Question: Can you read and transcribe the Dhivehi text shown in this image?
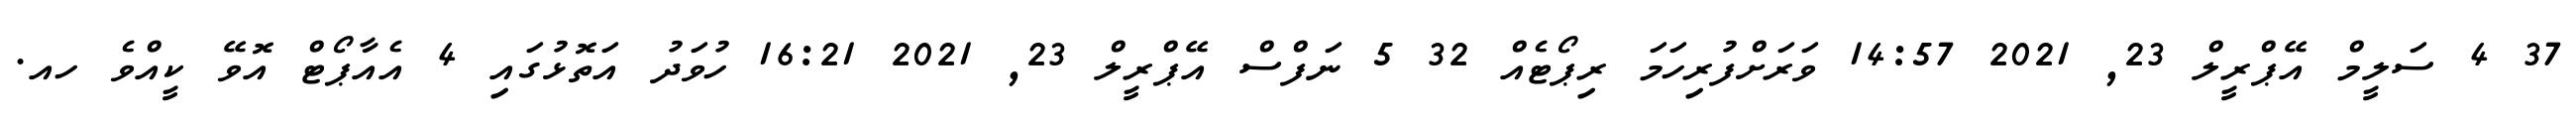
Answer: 37 4 ސަލީމް އޭޕްރީލް 23, 2021 14:57 ވަރަށްފުރިހަމަ ރިޕޯޓެއް 32 5 ނަފްސް އޭޕްރީލް 23, 2021 16:21 ހުވަދު އަތޮޅުގައި 4 އެއާޕޯޓް އޮވޭ ކީއްވެ ހއ.